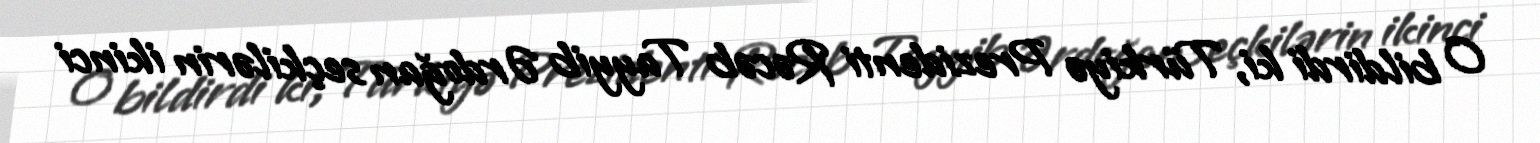
O bildirdi ki, Türkiyə Prezidenti Rəcəb Tayyib Ərdoğan seçkilərin ikinci